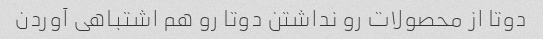
دوتا از محصولات رو نداشتن دوتا رو هم اشتباهی آوردن